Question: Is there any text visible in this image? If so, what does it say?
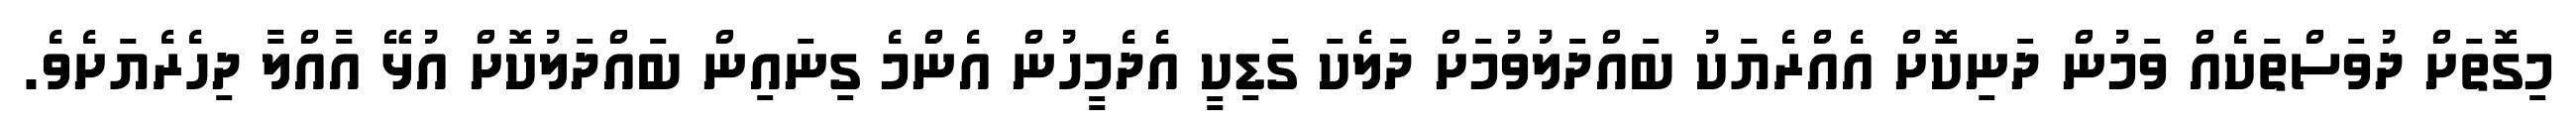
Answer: މިގޮތަށް ދުވަސްތަކެއް ވަމުން ދަނިކޮށް އެއްރެޔަކު ބައްދަލުވުމަށް ދަލެކަ ގަޑިކީ އެދެމީހުން އެންމެ ގިނައިން ބައްދަލުކޮށް އުޅޭ އާއްލާ ދިހެރެޔަށެވެ.